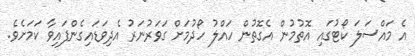
އެ މައްސަލަ ކޯޓުގައި އޮތުމުން އެގޮތުން ހައްލު ހޯދުމަށް ގަވަރުނަރު އެދިވަޑައިގެންފައިވާ ކަމަށެވެ.